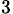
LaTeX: _\textrm{3}